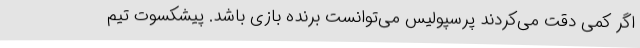
اگر کمی دقت می‌کردند پرسپولیس می‌توانست برنده بازی باشد. پیشکسوت تیم